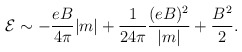
\begin{align*}{\cal {E}} \sim - \frac {eB} {4 \pi} |m| + \frac {1} {24 \pi} \frac {(eB)^2} {|m|} + \frac {B^2} {2}.\end{align*}